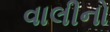
વાલીનો